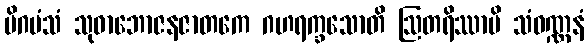
မိဂမံသံ သုဓာဘောဇနဇာတကေ ဂဟရက္ခသောတိ ဩတရိဿာမိ သံဝဏ္ဏနံ